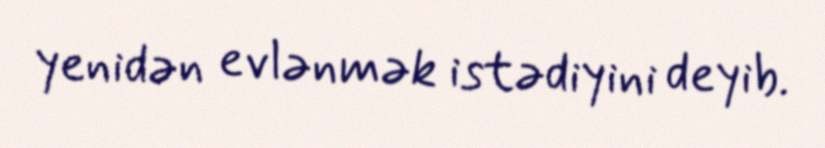
yenidən evlənmək istədiyini deyib.